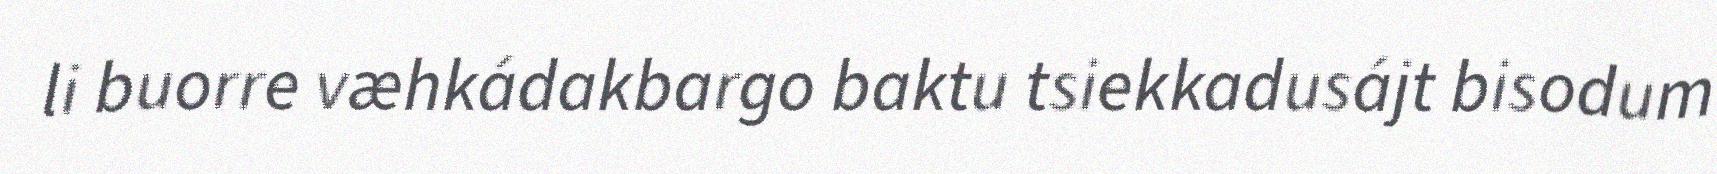
li buorre væhkádakbargo baktu tsiekkadusájt bisodum